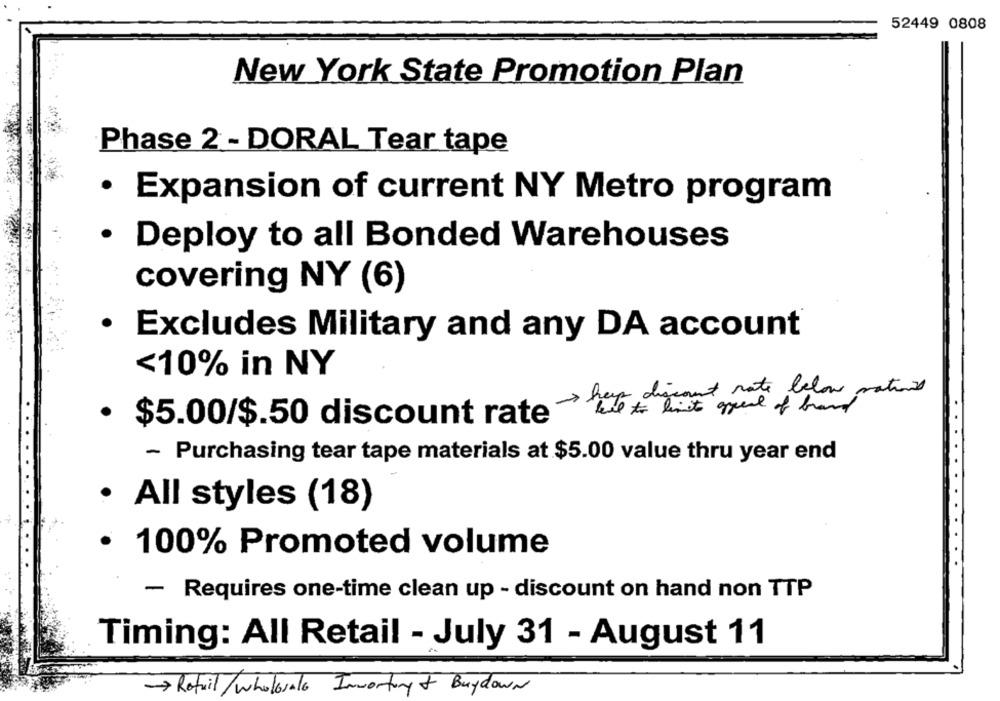
52449 0808
New York State Promotion Plan
Phase 2 - DORAL Tear tape
· Expansion of current NY Metro program
· Deploy to all Bonded Warehouses
covering NY (6)
· Excludes Military and any DA account
<10% in NY
· $5.00/$.50 discount rate > here discount rate below matin
- Purchasing tear tape materials at $5.00 value thru year end
· All styles (18)
· 100% Promoted volume
- Requires one-time clean up - discount on hand non TTP
Timing: All Retail - July 31 - August 11
> Retail/wholesale Imworking & Buydown